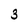
Character: 3